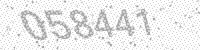
Solution: 058441